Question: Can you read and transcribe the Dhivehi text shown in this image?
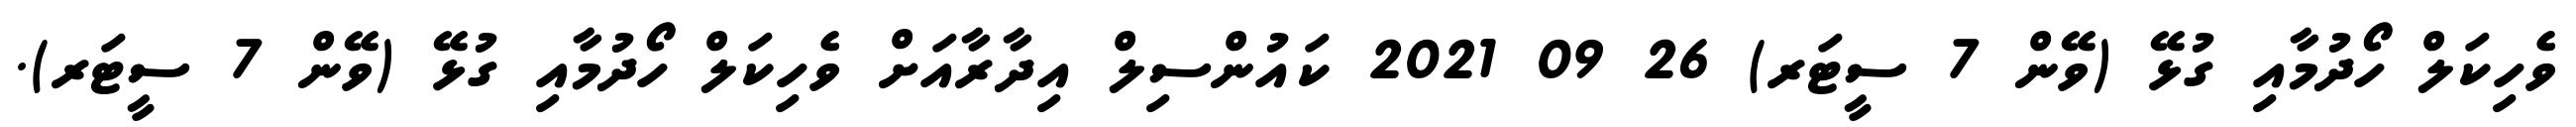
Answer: ވެހިކަލް ހޯދުމާއި ގުޅޭ (ވޭން 7 ސީޓަރ) 26 09 2021 ކައުންސިލް އިދާރާއަށް ވެހިކަލް ހޯދުމާއި ގުޅޭ (ވޭން 7 ސީޓަރ).